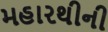
મહારથીની